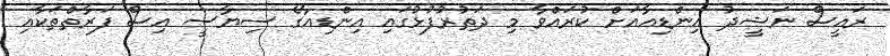
ރައީސް ނަޝީދު އިންޑިއާއަށް ކުރައްވާ މި ދަތުރުފުޅުގައި އިންޑިއާގެ ސިޔާސީ އިސް ފަރާތްތަކާއި